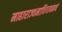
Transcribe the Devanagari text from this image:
माहाराज्यमाधिपत्यमयं